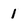
Character: 1